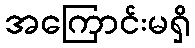
အကြောင်းမရှိ